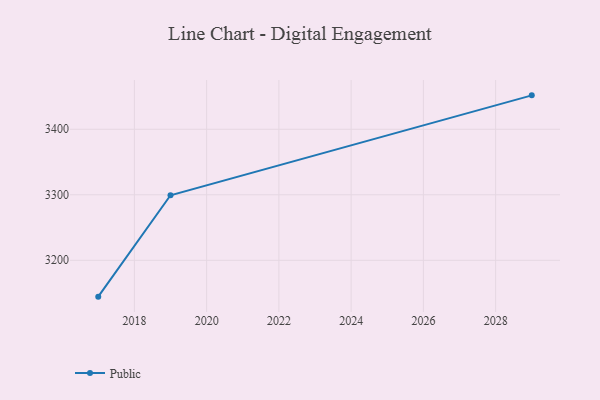
{"axis": {"x": "Year", "y": "Population (Million)"}, "legend": ["Public"], "data": [{"x": "2029", "y": 3451.8, "type": "Public"}, {"x": "2019", "y": 3299.3, "type": "Public"}, {"x": "2017", "y": 3144.5, "type": "Public"}]}